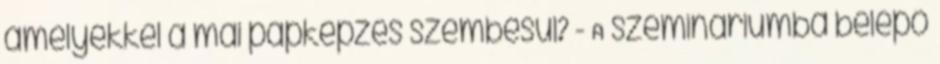
amelyekkel a mai papképzés szembesül? - A szemináriumba belépő